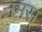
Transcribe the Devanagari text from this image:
नमस्‌